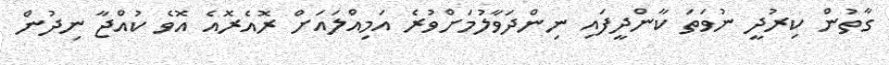
ގާތުން ކިރުދީ ނުވަތަ ކާންދީފައި ނިންދަވާލުމަށްވުރެ އަމިއްލައަށް ރޮއެރޮއެ އޮވެ ކުއްޖާ ނިދުން